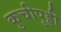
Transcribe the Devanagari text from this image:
कुचीपुड्डी